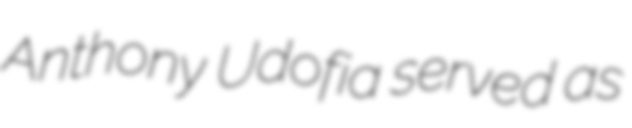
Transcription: Anthony Udofia served as